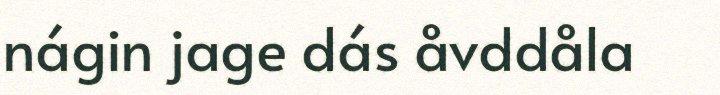
nágin jage dás åvddåla